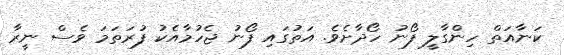
ކަނާއަތް ހިންގާލީ ފޯނު ހޯދާށެވެ. އަތުގައި ފޯނު ޖެހުމާއެކު ފުރަތަމަ ވެސް ނީރާ